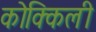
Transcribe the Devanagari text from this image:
कोक्किली